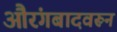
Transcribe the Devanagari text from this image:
औरंगबादवरून